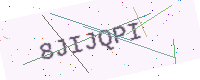
Text: 8JIJQPI